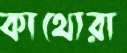
কাথোরা